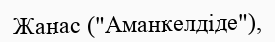
Жанас ("Аманкелдіде"),